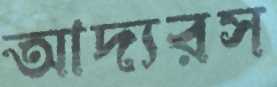
আদ্যরস